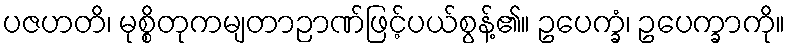
ပဇဟတိ၊ မုစ္စိတုကမျတာဉာဏ်ဖြင့်ပယ်စွန့်၏။ ဥပေက္ခံ၊ ဥပေက္ခာကို။